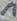
Text: 1